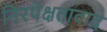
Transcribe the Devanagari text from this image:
निरपेक्षतावाद